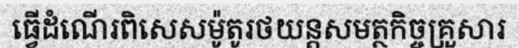
ធ្វើដំណើរពិសេសម៉ូតូរថយន្តសមត្ថកិច្ចគ្រួសារ